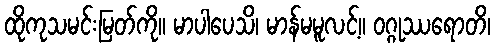
ထိုကုသမင်းမြတ်ကို။ မာပါပေသိ၊ မာန်မမူလင့်။ ဝဂ္ဂုဿရောတိ၊